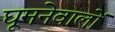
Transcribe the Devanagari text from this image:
घूमनेवालों